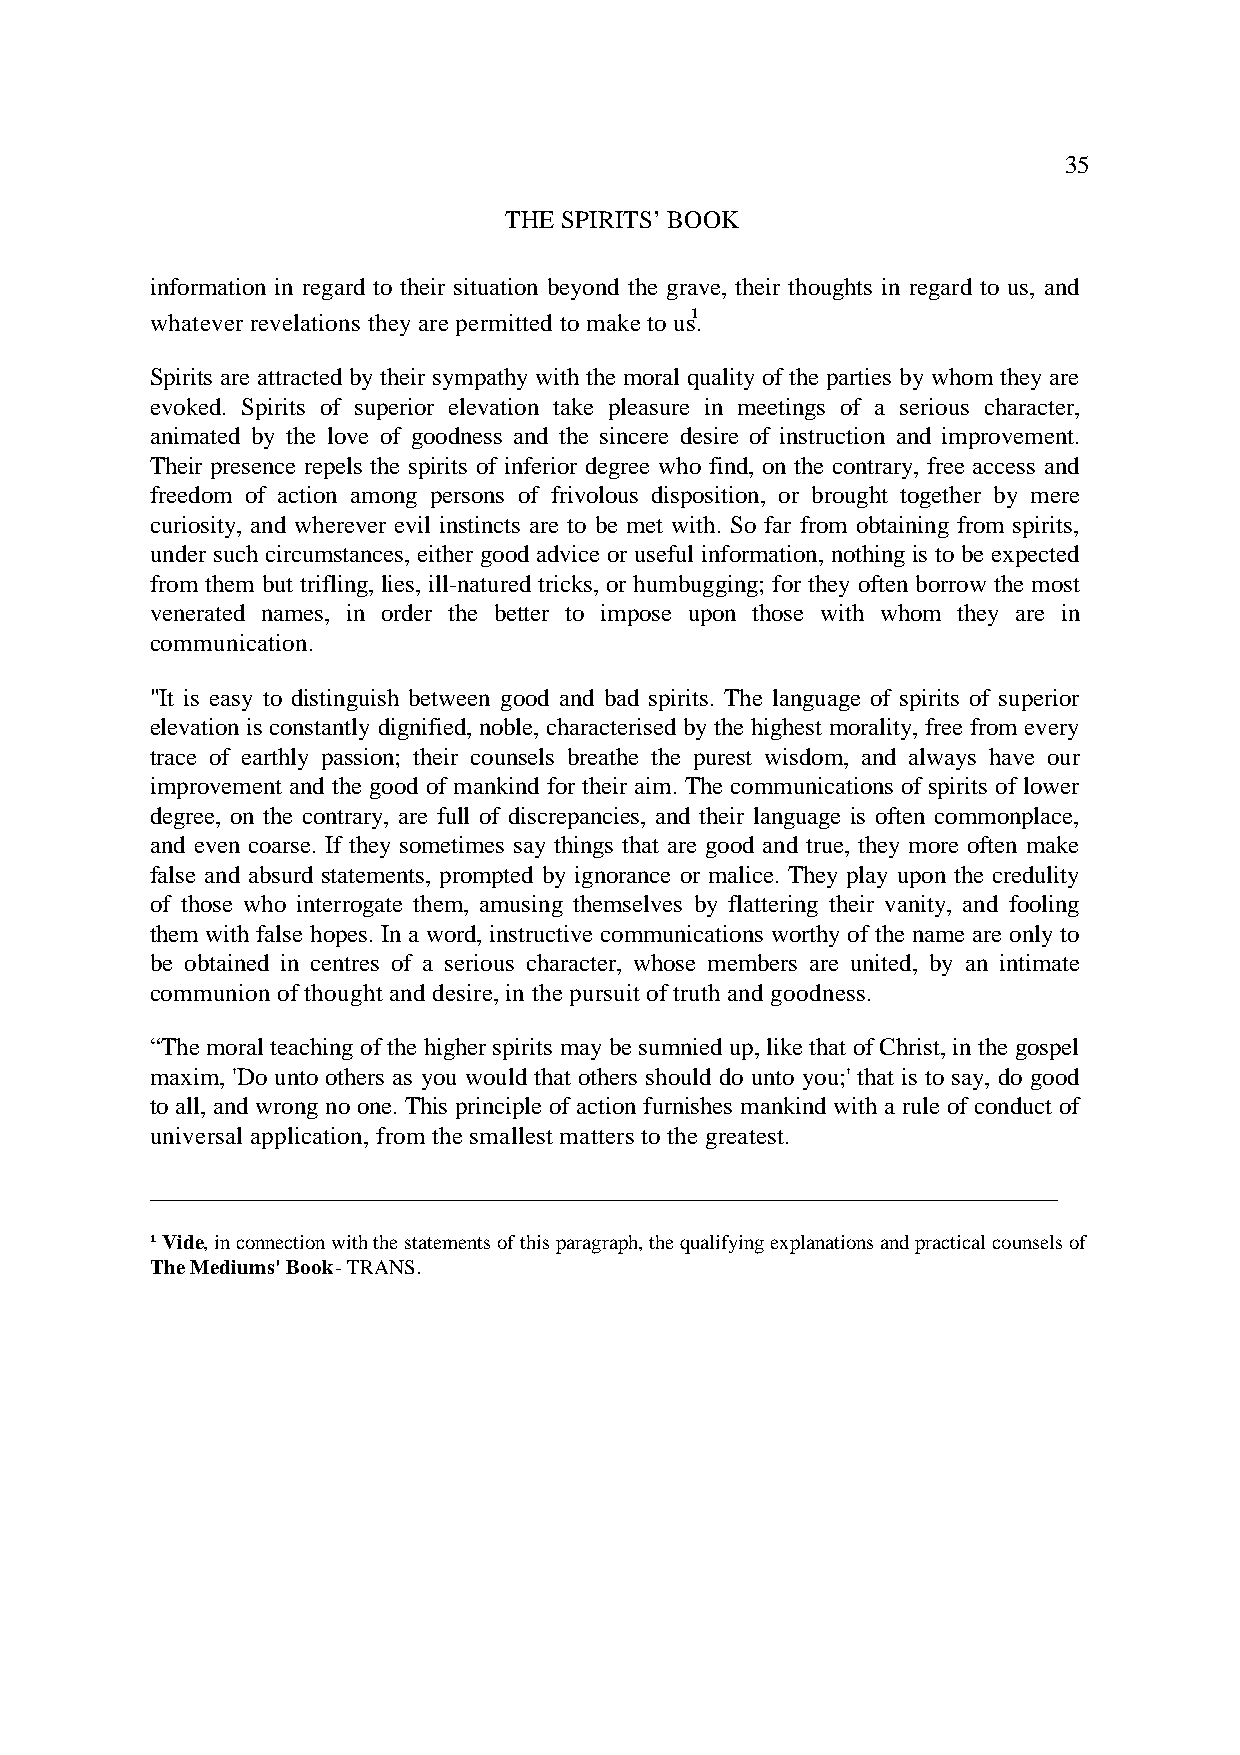
35
 THE SPIRITS’ BOOK
 information in regard to their situation beyond the grave, their thoughts in regard to us, and
 whatever revelations they are permitted to make to us.¹
 Spirits are attracted by their sympathy with the moral quality of the parties by whom they are
 evoked. Spirits of superior elevation take pleasure in meetings of a serious character,
 animated by the love of goodness and the sincere desire of instruction and improvement.
 Their presence repels the spirits of inferior degree who find, on the contrary, free access and
 freedom of action among persons of frivolous disposition, or brought together by mere
 curiosity, and wherever evil instincts are to be met with. So far from obtaining from spirits,
 under such circumstances, either good advice or useful information, nothing is to be expected
 from them but trifling, lies, ill-natured tricks, or humbugging; for they often borrow the most
 venerated names, in order the better to impose upon those with whom they are in
 communication.
 "It is easy to distinguish between good and bad spirits. The language of spirits of superior
 elevation is constantly dignified, noble, characterised by the highest morality, free from every
 trace of earthly passion; their counsels breathe the purest wisdom, and always have our
 improvement and the good of mankind for their aim. The communications of spirits of lower
 degree, on the contrary, are full of discrepancies, and their language is often commonplace,
 and even coarse. If they sometimes say things that are good and true, they more often make
 false and absurd statements, prompted by ignorance or malice. They play upon the credulity
 of those who interrogate them, amusing themselves by flattering their vanity, and fooling
 them with false hopes. In a word, instructive communications worthy of the name are only to
 be obtained in centres of a serious character, whose members are united, by an intimate
 communion of thought and desire, in the pursuit of truth and goodness.
 “The moral teaching of the higher spirits may be sumnied up, like that of Christ, in the gospel
 maxim, 'Do unto others as you would that others should do unto you;' that is to say, do good
 to all, and wrong no one. This principle of action furnishes mankind with a rule of conduct of
 universal application, from the smallest matters to the greatest.
 ________________________________________________________________________
 ¹ Vide, in connection with the statements of this paragraph, the qualifying explanations and practical counsels of
 The Mediums' Book - TRANS.